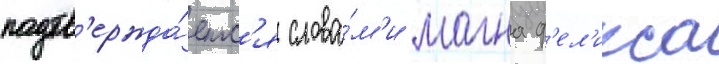
подтв'ержда́етс'я слова́м'и магна ф'ел'икса